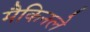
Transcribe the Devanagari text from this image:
मैकिनले